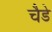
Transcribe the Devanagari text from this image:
चैडे